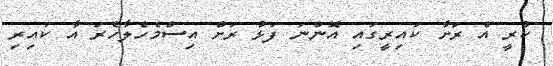
ކުރީ އެ ރަށާ ކައިރީގައި އޮންނަ ފަޅު ރަށް އިސްމެހެލާހެރަ އާ ކައިރި